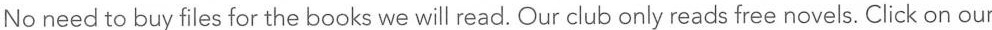
No need to buy files for the books we will read. Our club only reads free novels. Click on our